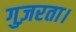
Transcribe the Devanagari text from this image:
गुज़रता।